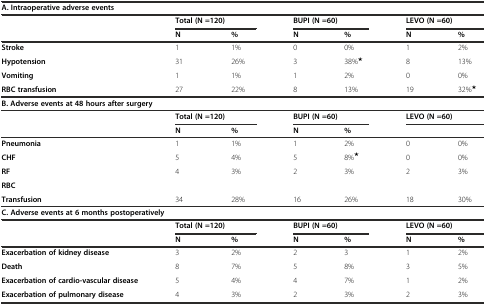
<table><thead><tr><td colspan="7"><b>A. Intraoperative adverse events</b></td></tr></thead><tbody><tr><td></td><td colspan="2"><b>Total (N =120)</b></td><td colspan="2"><b>BUPI (N =60)</b></td><td colspan="2"><b>LEVO (N =60)</b></td></tr><tr><td></td><td><b>N</b></td><td><b>%</b></td><td><b>N</b></td><td><b>%</b></td><td><b>N</b></td><td><b>%</b></td></tr><tr><td><b>Stroke</b></td><td>1</td><td>1%</td><td>0</td><td>0%</td><td>1</td><td>2%</td></tr><tr><td><b>Hypotension</b></td><td>31</td><td>26%</td><td>3</td><td>38%<sup><b>★</b></sup></td><td>8</td><td>13%</td></tr><tr><td><b>Vomiting</b></td><td>1</td><td>1%</td><td>1</td><td>2%</td><td>0</td><td>0%</td></tr><tr><td><b>RBC transfusion</b></td><td>27</td><td>22%</td><td>8</td><td>13%</td><td>19</td><td>32%<sup><b>★</b></sup></td></tr><tr><td colspan="7"><b>B. Adverse events at 48 hours after surgery</b></td></tr><tr><td></td><td colspan="2"><b>Total (N =120)</b></td><td colspan="2"><b>BUPI (N =60)</b></td><td colspan="2"><b>LEVO (N =60)</b></td></tr><tr><td></td><td><b>N</b></td><td><b>%</b></td><td><b>N</b></td><td><b>%</b></td><td></td><td></td></tr><tr><td><b>Pneumonia</b></td><td>1</td><td>1%</td><td>1</td><td>2%</td><td>0</td><td>0%</td></tr><tr><td><b>CHF</b></td><td>5</td><td>4%</td><td>5</td><td>8%<sup><b>★</b></sup></td><td>0</td><td>0%</td></tr><tr><td><b>RF</b></td><td>4</td><td>3%</td><td>2</td><td>3%</td><td>2</td><td>3%</td></tr><tr><td><b>RBC</b></td><td></td><td></td><td></td><td></td><td></td><td></td></tr><tr><td><b>Transfusion</b></td><td>34</td><td>28%</td><td>16</td><td>26%</td><td>18</td><td>30%</td></tr><tr><td colspan="7"><b>C. Adverse events at 6 months postoperatively</b></td></tr><tr><td></td><td colspan="2"><b>Total (N =120)</b></td><td colspan="2"><b>BUPI (N =60)</b></td><td colspan="2"><b>LEVO (N =60)</b></td></tr><tr><td></td><td><b>N</b></td><td><b>%</b></td><td><b>N</b></td><td><b>%</b></td><td><b>N</b></td><td><b>%</b></td></tr><tr><td><b>Exacerbation of kidney disease</b></td><td>3</td><td>2%</td><td>2</td><td>3</td><td>1</td><td>2%</td></tr><tr><td><b>Death</b></td><td>8</td><td>7%</td><td>5</td><td>8%</td><td>3</td><td>5%</td></tr><tr><td><b>Exacerbation of cardio-vascular disease</b></td><td>5</td><td>4%</td><td>4</td><td>7%</td><td>1</td><td>2%</td></tr><tr><td><b>Exacerbation of pulmonary disease</b></td><td>4</td><td>3%</td><td>2</td><td>3%</td><td>2</td><td>3%</td></tr></tbody></table>